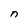
Character: n